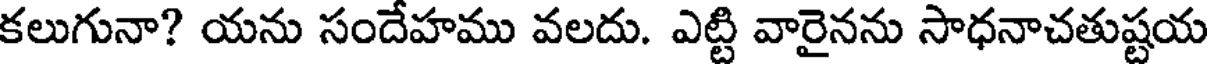
కలుగునా? యను సందేహము వలదు. ఎట్టి వారైనను సాధనాచతుష్టయ